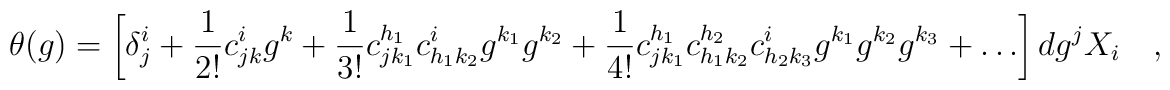
\theta(g) =  \left[ \delta_j^i +\frac{1}{2!} c_{j k}^i g^k +\frac{1}{3!} c_{j k_1}^{h_1}c_{h_1 k_2}^i g^{k_1} g^{k_2} +        \frac{1}{4!} c_{j k_1}^{h_1}c_{h_1 k_2}^{h_2}c_{h_2 k_3}^{i}g^{k_1} g^{k_2} g^{k_3}+ \ldots \right] dg^j X_i \quad ,